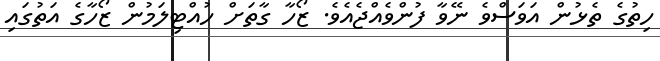
ހިތުގެ ތެޅުން އަވަސްވެ ނޭވާ ފުންވެއްޖެއެވެ. ޒޯހާ ގާތަށް ހުއްޓިލަމުން ޒޯހާގެ އަތުގައި